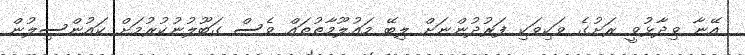
އޭނާ ވިދާޅުވީ ރަށުގެ ވަކިވަކި ފަރުދުންނަށް ލިބޭ މައުލޫމާތުތައް ވެސް ގަބޫލުނުކުރުމަށް ކައުންސިލުން